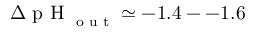
\Delta \textrm { p H } _ { \textrm { o u t } } \simeq - 1 . 4 - - 1 . 6